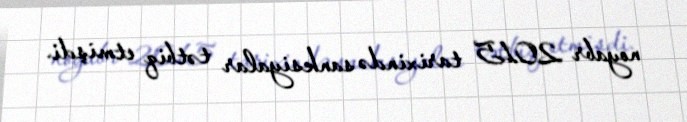
noyabr 2015 tarixində sanksiyalar tətbiq etmişdi.